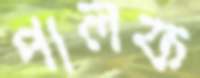
পালফ